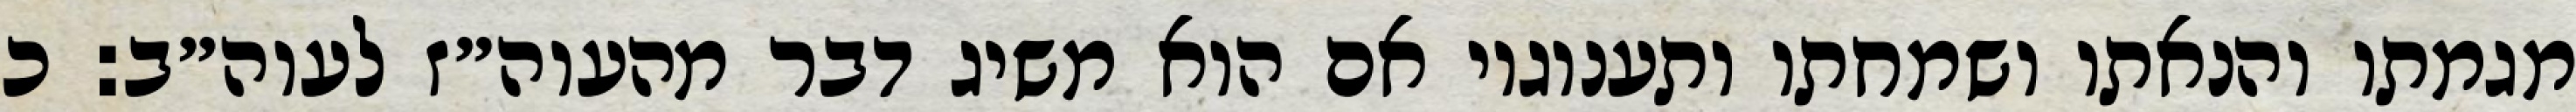
מגמתו והנאתו ושמחתו ותענוגיו אם הוא משיג דבר מהעוה״ז לעוה״ב: כ